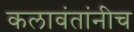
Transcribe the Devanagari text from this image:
कलावंतांनीच